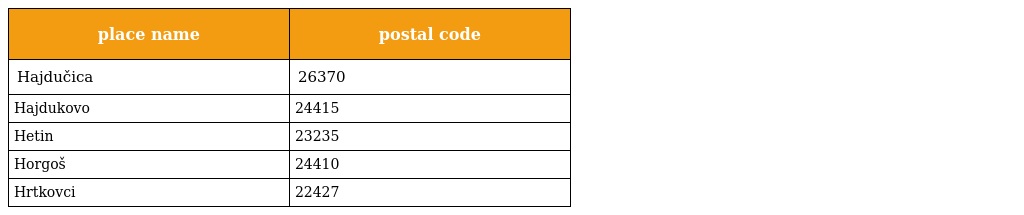
| place name | postal code |
 | --- | --- |
 | Hajdučica | 26370 |
 | Hajdukovo | 24415 |
 | Hetin | 23235 |
 | Horgoš | 24410 |
 | Hrtkovci | 22427 |